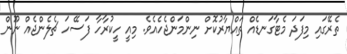
ތެރޭގައި މިފަދަ މެޓާގަނޑެއް ތައްޔާރުކޮށް ނިންމަންޖެހެއެވެ. މިއީ ހީކުރާހާ ފަސޭހަ ޗެލެންޖެއް ނޫން